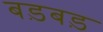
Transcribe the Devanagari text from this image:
बड़बड़